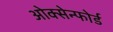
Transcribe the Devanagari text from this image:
ओक्सेन्फोर्ड